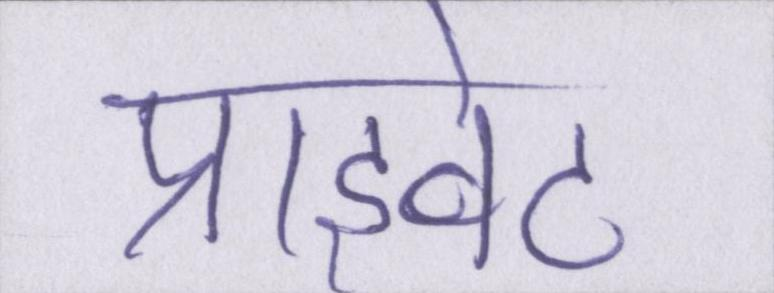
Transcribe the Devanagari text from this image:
प्राइवेट